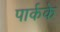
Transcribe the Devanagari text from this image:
पार्कके